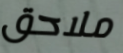
ملاحق